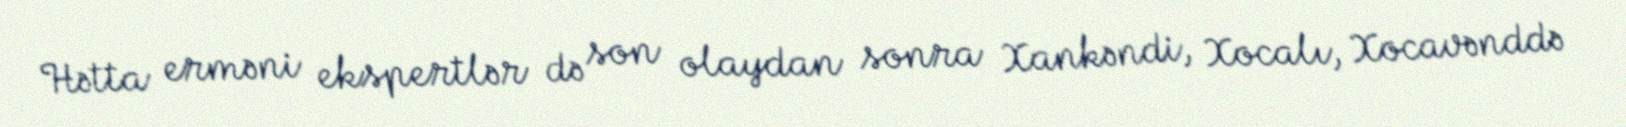
Hətta erməni ekspertlər də son olaydan sonra Xankəndi, Xocalı, Xocavənddə